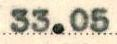
33.05